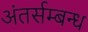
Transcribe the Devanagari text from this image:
अंतर्सम्बन्ध